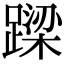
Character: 𨄈